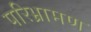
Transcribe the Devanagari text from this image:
परिभ्रामण